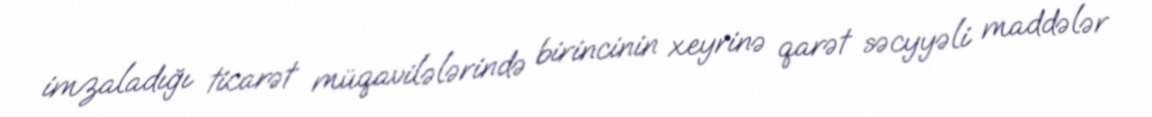
imzaladığı ticarət müqavilələrində birincinin xeyrinə qarət səcyyəli maddələr